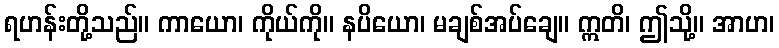
ရဟန်းတို့သည်။ ကာယော၊ ကိုယ်ကို။ နပိယော၊ မချစ်အပ်ချေ။ ဣတိ၊ ဤသို့။ အာဟ၊